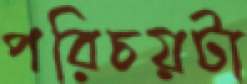
পরিচয়টা